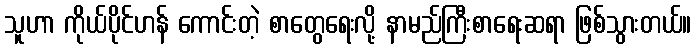
သူဟာ ကိုယ်ပိုင်ဟန် ကောင်းတဲ့ စာတွေရေးလို့ နာမည်ကြီးစာရေးဆရာ ဖြစ်သွားတယ်။